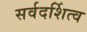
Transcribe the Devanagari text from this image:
सर्वदर्शित्व